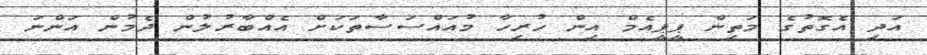
އަދި އެގޮތުގެ މަތިން ޕީޕީއެމް އިން ހުރިހާ މުއައްސަސާތަކަށް އެއްބާރުލުން ދެމުން އަންނަ